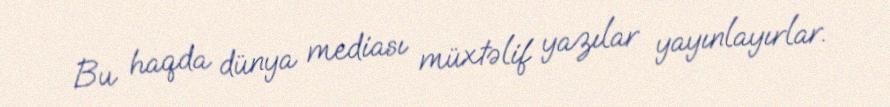
Bu haqda dünya mediası müxtəlif yazılar yayınlayırlar.